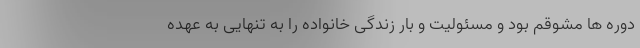
دوره ها مشوقم بود و مسئولیت و بار زندگی خانواده را به تنهایی به عهده